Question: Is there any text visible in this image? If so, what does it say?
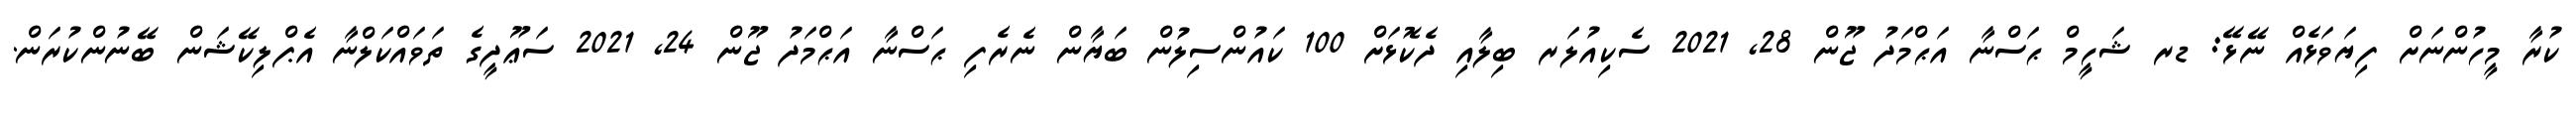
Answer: ކުރާ މީހުންނަށް ފިޔަވަޅެއް ނޭޅޭ: ޑރ ޝަހީމް ޙަސްނާ އަޙްމަދު ޖޫން 28, 2021 ސެކިއުލަރ ބިލާއި ދެކޮޅަށް 100 ކައުންސިލުން ބަޔާން ނެރެފި ޙަސްނާ އަޙްމަދު ޖޫން 24, 2021 ސަޢޫދީގެ ތަވައްކަލްނާ އެޕްލިކޭޝަން ބޭނުންކުރަން.